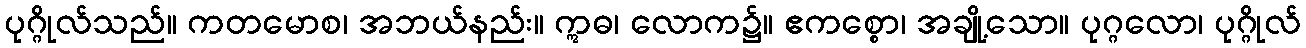
ပုဂ္ဂိုလ်သည်။ ကတမောစ၊ အဘယ်နည်း။ ဣဓ၊ လောက၌။ ဧကစ္စော၊ အချို့သော။ ပုဂ္ဂလော၊ ပုဂ္ဂိုလ်